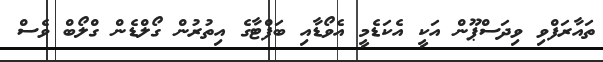
ތައާރަފްވި ވިދަސްޕޫން އަކީ އެކަޑެމީ އެވޯޑާއި ބަފްޓާގެ އިތުރުން ގޯލްޑެން ގްލޯބް ވެސް